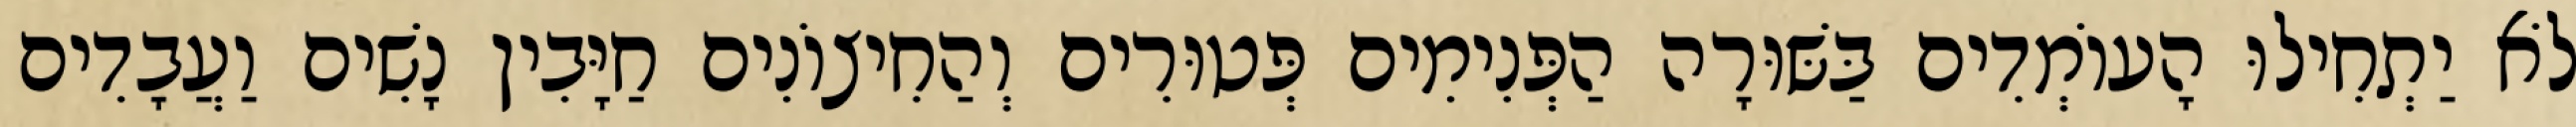
לֹא יַתְחִילוּ הָעוֹמְדִים בַּשּׁוּרָה הַפְּנִימִים פְּטוּרִים וְהַחִיצוֹנִים חַיָּבִין נָשִׁים וַעֲבָדִים